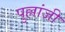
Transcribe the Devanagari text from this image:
पुल्लांजी